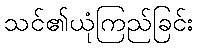
သင်၏ယုံကြည်ခြင်း